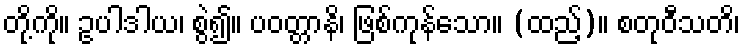
တို့ကို။ ဥပါဒါယ၊ စွဲ၍။ ပဝတ္တာနိ၊ ဖြစ်ကုန်သော။ (ထည့်)။ စတုဝီသတိ၊